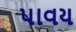
પાવય